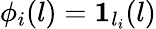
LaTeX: \phi_{i}(l)=\mathbf{1}_{l_{i}}(l)